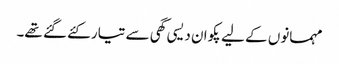
مہمانوں کے لیے پکوان دیسی گھی سے تیار کئے گئے تھے۔